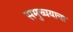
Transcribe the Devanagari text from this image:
समुच्चयाचा